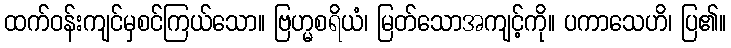
ထက်ဝန်းကျင်မှစင်ကြယ်သော။ ဗြဟ္မစရိယံ၊ မြတ်သောအကျင့်ကို။ ပကာသေဟိ၊ ပြ၏။